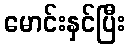
မောင်းနှင်ပြီး